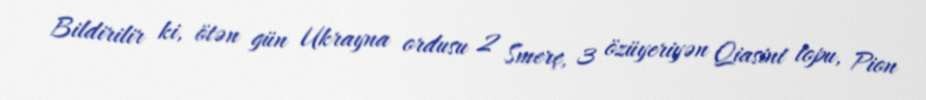
Bildirilir ki, ötən gün Ukrayna ordusu 2 Smerç, 3 özüyeriyən Qiasint topu, Pion